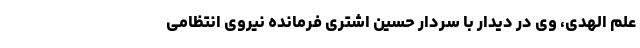
علم الهدی، وی در دیدار با سردار حسین اشتری فرمانده نیروی انتظامی